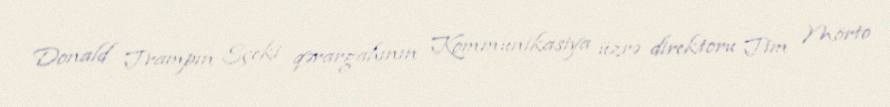
Donald Trampın Sçeki qərargahının Kommunikasiya üzrə direktoru Tim Mörto